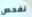
نفحص